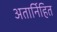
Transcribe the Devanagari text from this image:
अतार्निहित